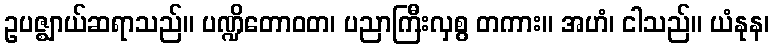
ဥပဇ္ဈာယ်ဆရာသည်။ ပဏ္ဍိတောဝတ၊ ပညာကြီးလှစွ တကား။ အဟံ၊ ငါသည်။ ယံနုန၊